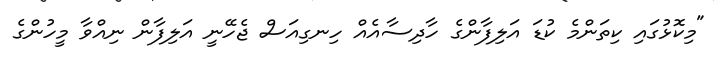
"މިކޮޅުގައި ކިތަންމެ ކުޑަ އަލިފާންގެ ހާދިސާއެއް ހިނގިއަސް ޖެހޭނީ އަލިފާން ނިއްވާ މީހުންގެ